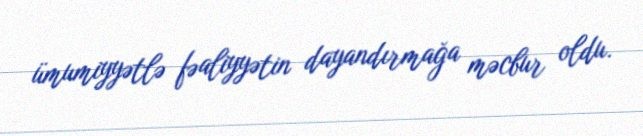
ümumiyyətlə fəaliyyətin dayandırmağa məcbur oldu.